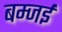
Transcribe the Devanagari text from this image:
बम्जई